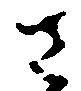
さ